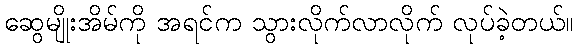
ဆွေမျိုးအိမ်ကို အရင်က သွားလိုက်လာလိုက် လုပ်ခဲ့တယ်။